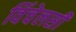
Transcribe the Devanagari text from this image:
विंचेलसी